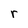
Character: r